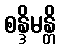
စန္ဒိမန္တိ